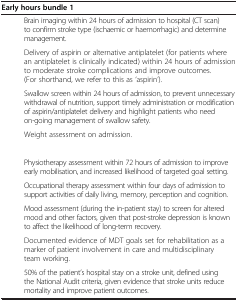
<table><thead><tr><td colspan="2"><b>Early hours bundle 1</b></td></tr></thead><tbody><tr><td>[EMPTY_CELL]</td><td>Brain imaging within 24 hours of admission to hospital (CT scan) to confirm stroke type (ischaemic or haemorrhagic) and determine management.</td></tr><tr><td>[EMPTY_CELL]</td><td>Delivery of aspirin or alternative antiplatelet (for patients where an antiplatelet is clinically indicated) within 24 hours of admission to moderate stroke complications and improve outcomes. (For shorthand, we refer to this as ‘aspirin’).</td></tr><tr><td>[EMPTY_CELL]</td><td>Swallow screen within 24 hours of admission, to prevent unnecessary withdrawal of nutrition, support timely administration or modification of aspirin/antiplatelet delivery and highlight patients who need on-going management of swallow safety.</td></tr><tr><td>[EMPTY_CELL]</td><td>Weight assessment on admission.</td></tr><tr><td colspan="2">[EMPTY_CELL]</td></tr><tr><td>[EMPTY_CELL]</td><td>Physiotherapy assessment within 72 hours of admission to improve early mobilisation, and increased likelihood of targeted goal setting.</td></tr><tr><td>[EMPTY_CELL]</td><td>Occupational therapy assessment within four days of admission to support activities of daily living, memory, perception and cognition.</td></tr><tr><td>[EMPTY_CELL]</td><td>Mood assessment (during the in-patient stay) to screen for altered mood and other factors, given that post-stroke depression is known to affect the likelihood of long-term recovery.</td></tr><tr><td>[EMPTY_CELL]</td><td>Documented evidence of MDT goals set for rehabilitation as a marker of patient involvement in care and multidisciplinary team working.</td></tr><tr><td>[EMPTY_CELL]</td><td>50% of the patient’s hospital stay on a stroke unit, defined using the National Audit criteria, given evidence that stroke units reduce mortality and improve patient outcomes.</td></tr></tbody></table>